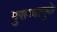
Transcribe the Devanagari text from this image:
पुराव्यामुळे